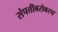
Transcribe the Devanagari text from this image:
संपत्तीबरोबरच